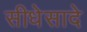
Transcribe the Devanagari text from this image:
सीधेसादे